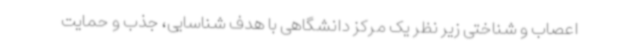
اعصاب و شناختی زیر نظر یک مرکز دانشگاهی با هدف شناسایی، جذب و حمایت